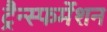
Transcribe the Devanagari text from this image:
ट्रैन्स्फर्मेशन